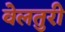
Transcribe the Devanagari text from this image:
वेलतुरी